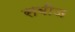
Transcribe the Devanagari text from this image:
सबीज